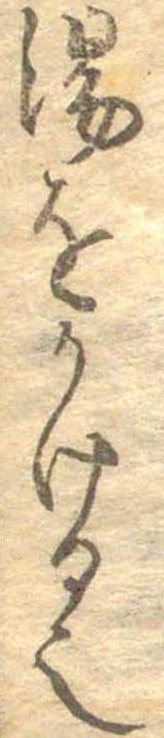
湯をかける也